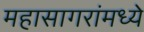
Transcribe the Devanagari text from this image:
महासागरांमध्ये